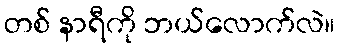
တစ် နာရီကို ဘယ်လောက်လဲ။